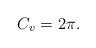
LaTeX: \begin{align*} C_v = 2 \pi.\end{align*}